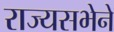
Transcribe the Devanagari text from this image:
राज्यसभेने